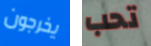
يخرجون تحب